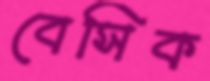
বেসিক